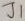
Text: J1